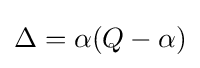
\Delta =\alpha (Q-\alpha )